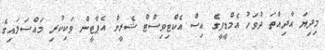
މިދިޔަ އާދިއްތަ ދުވަހު އެމްޑީޕީގެ އިސް އެކްޓިވިސްޓް ޝެރީން އެޕާޓީން ވަކިކުރި މައްސަލައިގެ